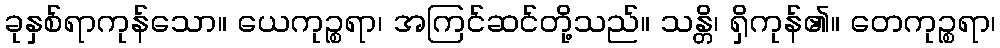
ခုနှစ်ရာကုန်သော။ ယေကုဉ္စရာ၊ အကြင်ဆင်တို့သည်။ သန္တိ၊ ရှိကုန်၏။ တေကုဉ္စရာ၊